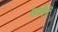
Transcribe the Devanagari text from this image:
सर्वेरों